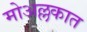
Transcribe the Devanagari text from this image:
मोअल्लकात